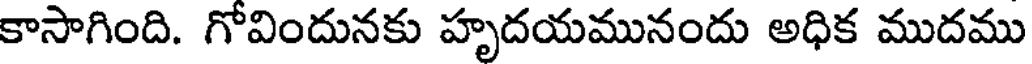
కాసాగింది. గోవిందునకు హృదయమునందు అధిక ముదము